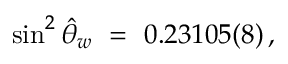
\sin ^ { 2 } \hat { \theta } _ { w } \ = \ 0 . 2 3 1 0 5 ( 8 ) \, ,